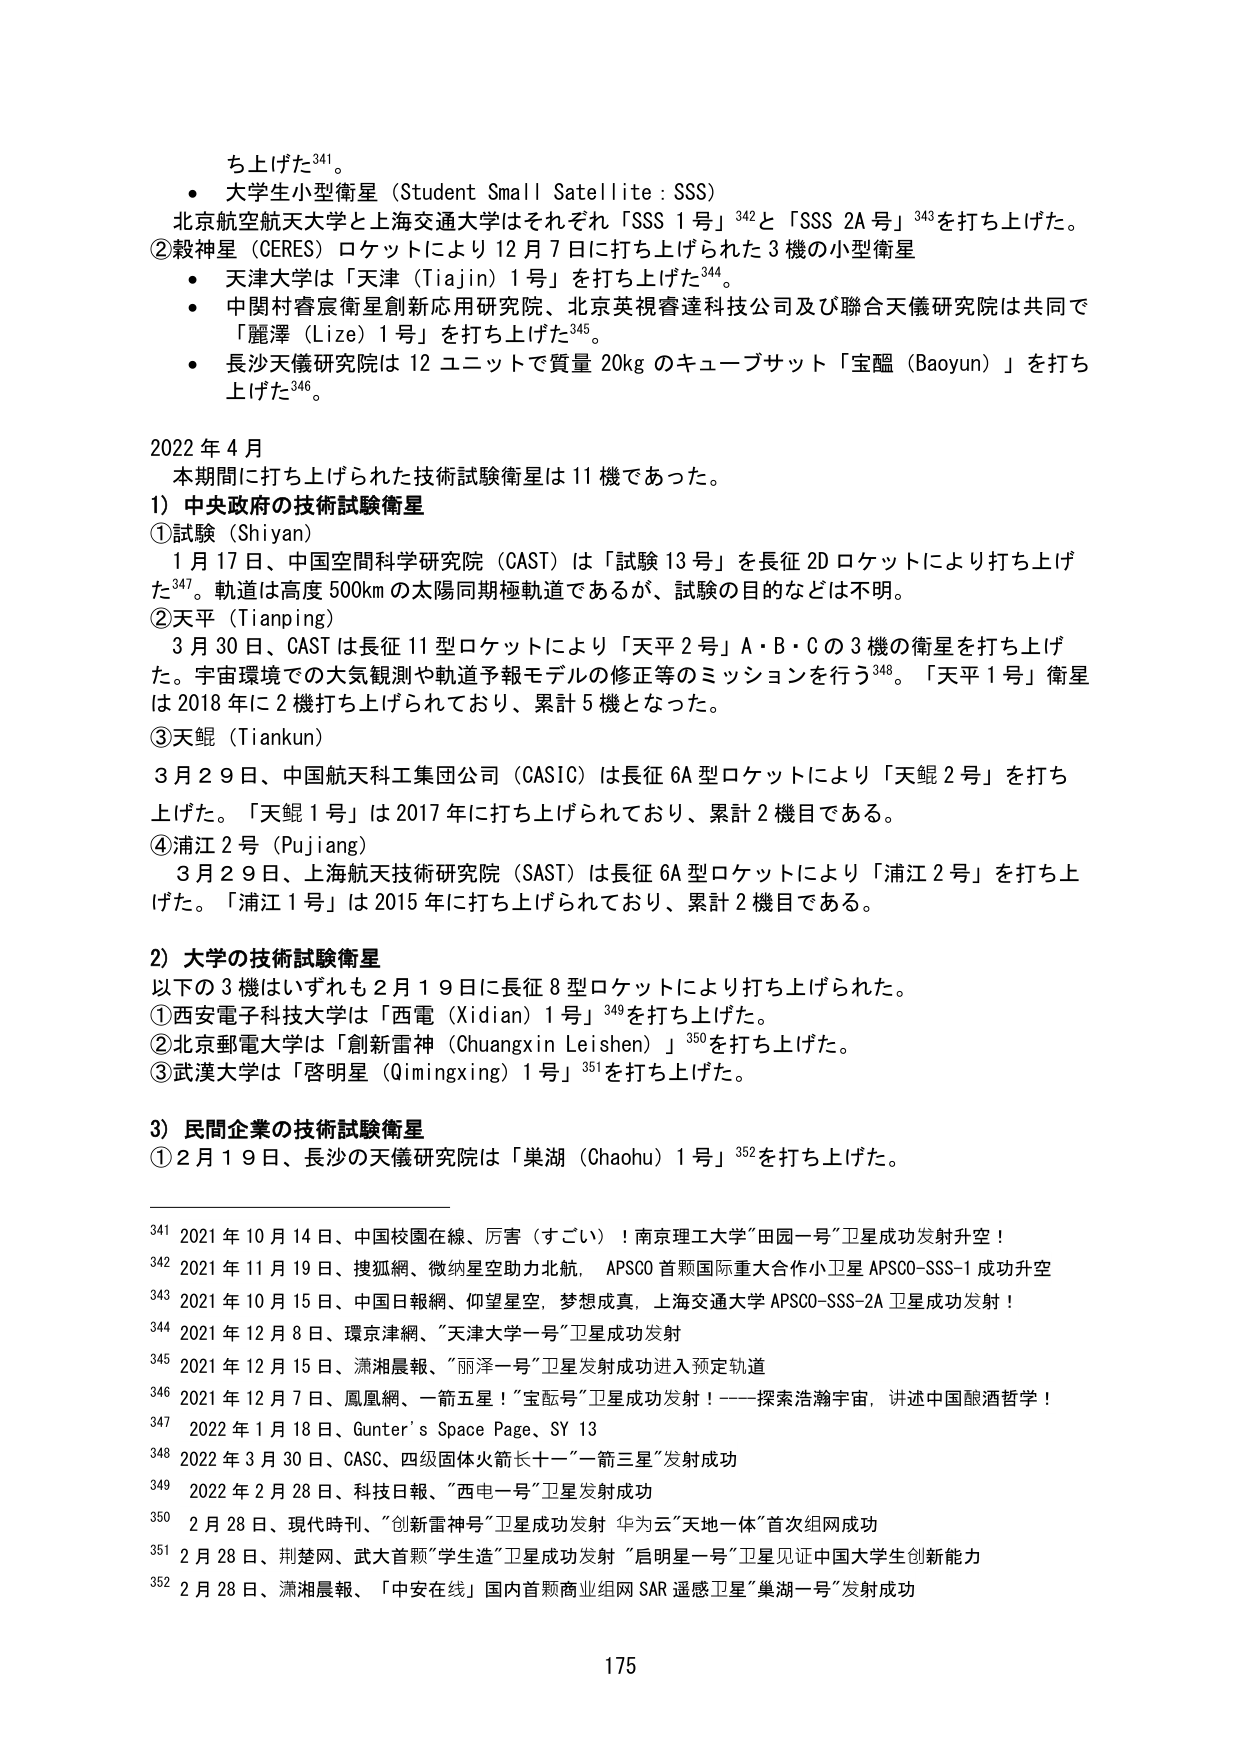
ち上げた341。

・大学生小型衛星（Student Small Satellite : SSS）
北京航空航天大学と上海交通大学がそれぞれ「SSS 1号」342と「SSS 2A号」343を打ち上げた。
② 殿神星（CERES）ロケットにより12月7日に打ち上げられた3機の小型衛星
・天津大学は「天津（Tiajin）1号」を打ち上げた344。
・中関村睿宸衛星創新応用研究院、北京英視睿達科技公司及び聯合天儀研究院は共同で「麗澤（Lize）1号」を打ち上げた345。
・長沙天儀研究院は12ユニットで質量20kgのキューブサット「宝醞（Baoyun）」を打ち上げた346。

2022年4月
本期間に打ち上げられた技術試験衛星は11機であった。

1）中央政府の技術試験衛星
① 試験（Shiyan）
1月17日、中国空間科学研究院（CAST）は「試験13号」を長征2Dロケットにより打ち上げた347。軌道は高度500kmの太陽同期極軌道であるが、試験の目的などは不明。
② 天平（Tianping）
3月30日、CASTは長征11型ロケットにより「天平2号」A・B・Cの3機の衛星を打ち上げた。宇宙環境での大気観測や軌道予報モデルの修正等のミッションを行う348。「天平1号」衛星は2018年に2機打ち上げられており、累計5機となった。
③ 天鯤（Tiankun）
3月29日、中国航天科工集团公司（CASIC）は長征6A型ロケットにより「天鯤2号」を打ち上げた。「天鯤1号」は2017年に打ち上げられており、累計2機目である。
④ 浦江2号（Pujiang）
3月29日、上海航天技術研究院（SAST）は長征6A型ロケットにより「浦江2号」を打ち上げた。「浦江1号」は2015年に打ち上げられており、累計2機目である。

2）大学の技術試験衛星
以下の3機はいずれも2月19日に長征8型ロケットにより打ち上げられた。
① 西安電子科技大学は「西電（Xidian）1号」349を打ち上げた。
② 北京郵電大学は「創新雷神（Chuangxin Leishen）」350を打ち上げた。
③ 武漢大学は「啓明星（Qimingxing）1号」351を打ち上げた。

3）民間企業の技術試験衛星
① 2月19日、長沙の天儀研究院は「巢湖（Chaohu）1号」352を打ち上げた。

341 2021年10月14日、中国校園在線、厉害（すごい）！南京理工大学“田園一号”卫星成功发射升空！
342 2021年11月19日、搜狐網、微纳星空助力北航，APSCO首颗国际重大合作小卫星APSCO-SSS-1成功升空
343 2021年10月15日、中国日報網、仰望星空，梦想成真，上海交通大学APSCO-SSS-2A卫星成功发射！
344 2021年12月8日、環京津網、“天津大学一号”卫星成功发射
345 2021年12月15日、潇湘晨報、“丽泽一号”卫星发射成功进入预定轨道
346 2021年12月7日、鳳凰網、一箭五星！“宝酝号”卫星成功发射！——探索浩瀚宇宙，讲述中国酿酒哲学！
347 2022年1月18日、Gunter’s Space Page、SY 13
348 2022年3月30日、CASC、四级固体火箭长十一“一箭三星”发射成功
349 2022年2月28日、科技日報、“西电一号”卫星发射成功
350 2月28日、現代時刊、“創新雷神号”卫星成功发射 华为云“天地一体”首次组网成功
351 2月28日、荆楚网、武大首颗“学生造”卫星成功发射 “启明星一号”卫星见证中国大学生创新能力
352 2月28日、潇湘晨報、「中安在线」国内首颗商业组网SAR遥感卫星“巢湖一号”发射成功

175